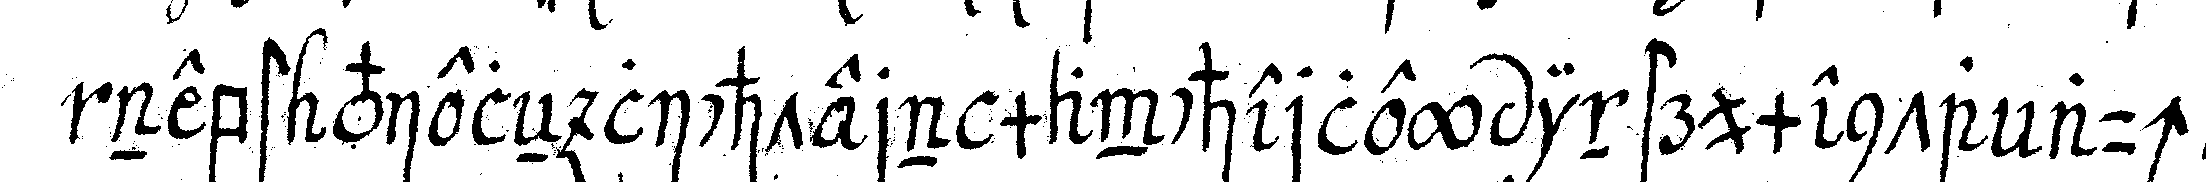
nebst vieleN lichtern mancherley instrumenta auch